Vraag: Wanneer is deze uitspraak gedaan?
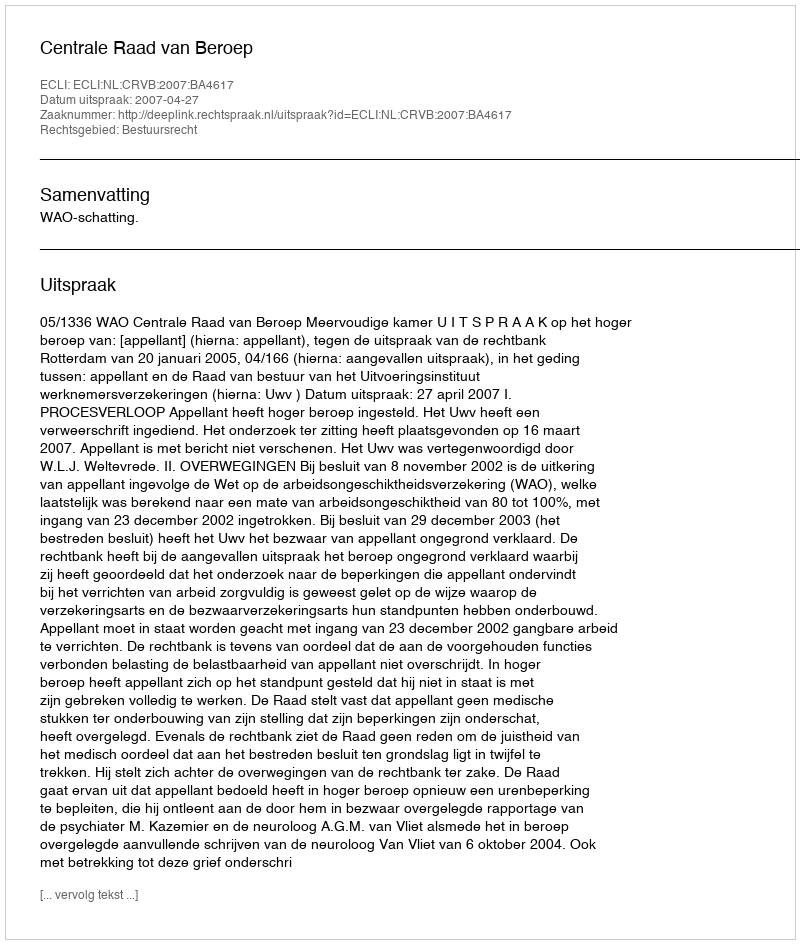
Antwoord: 2007-04-27